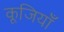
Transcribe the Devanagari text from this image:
कूजियाँ